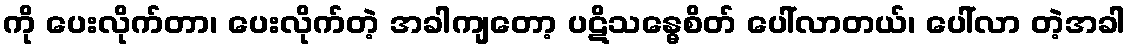
ကို ပေးလိုက်တာ၊ ပေးလိုက်တဲ့ အခါကျတော့ ပဋိသန္ဓေစိတ် ပေါ်လာတယ်၊ ပေါ်လာ တဲ့အခါ